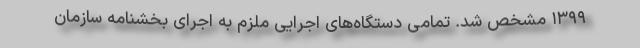
۱۳۹۹ مشخص شد. تمامی دستگاه‌های اجرایی ملزم به اجرای بخشنامه سازمان